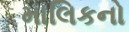
માલિકનો